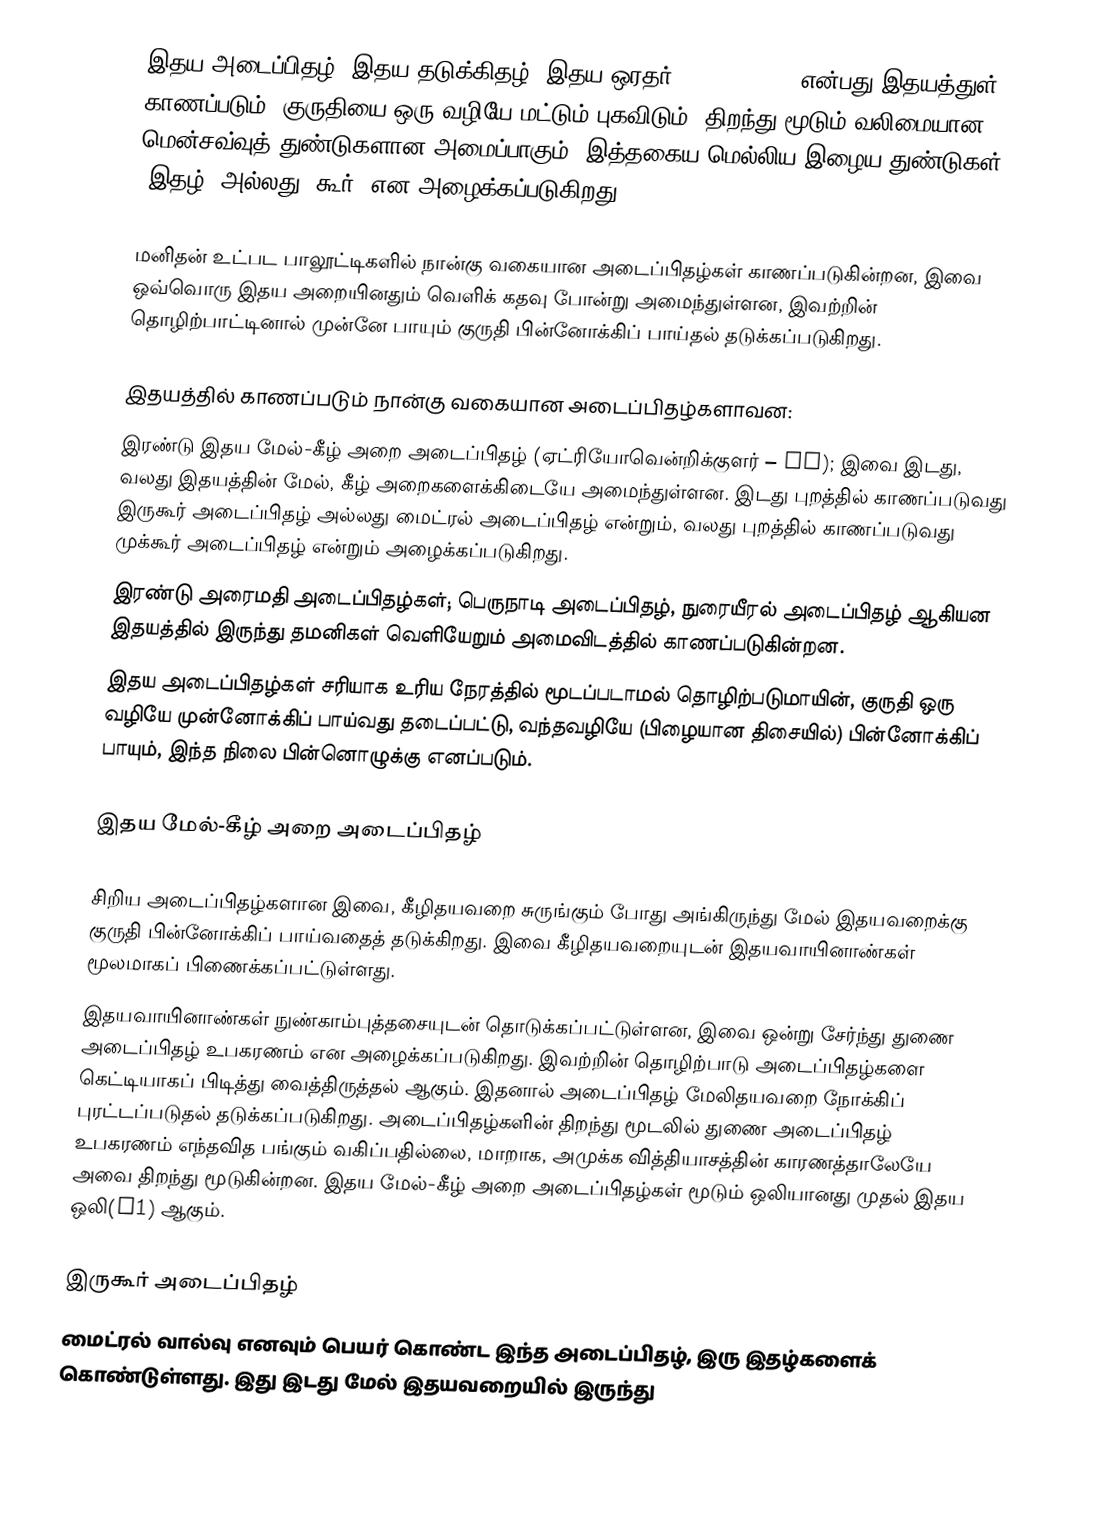
இதய அடைப்பிதழ் (இதய தடுக்கிதழ், இதய ஒரதர், heart valve) என்பது இதயத்துள் காணப்படும், குருதியை ஒரு வழியே மட்டும் புகவிடும், திறந்து மூடும் வலிமையான மென்சவ்வுத் துண்டுகளான அமைப்பாகும், இத்தகைய மெல்லிய இழைய துண்டுகள் ‘இதழ்’ அல்லது ‘கூர்’ என அழைக்கப்படுகிறது.

மனிதன் உட்பட பாலூட்டிகளில் நான்கு வகையான அடைப்பிதழ்கள் காணப்படுகின்றன, இவை ஒவ்வொரு இதய அறையினதும் வெளிக் கதவு போன்று அமைந்துள்ளன, இவற்றின் தொழிற்பாட்டினால் முன்னே பாயும் குருதி பின்னோக்கிப் பாய்தல் தடுக்கப்படுகிறது.

இதயத்தில் காணப்படும் நான்கு வகையான அடைப்பிதழ்களாவன:
 இரண்டு இதய மேல்-கீழ் அறை அடைப்பிதழ் (ஏட்ரியோவென்றிக்குளர் – AV); இவை இடது, வலது இதயத்தின் மேல், கீழ் அறைகளைக்கிடையே அமைந்துள்ளன. இடது புறத்தில் காணப்படுவது இருகூர் அடைப்பிதழ் அல்லது மைட்ரல் அடைப்பிதழ் என்றும், வலது புறத்தில் காணப்படுவது முக்கூர் அடைப்பிதழ் என்றும் அழைக்கப்படுகிறது.
 இரண்டு அரைமதி அடைப்பிதழ்கள்; பெருநாடி அடைப்பிதழ், நுரையீரல் அடைப்பிதழ் ஆகியன இதயத்தில் இருந்து தமனிகள் வெளியேறும் அமைவிடத்தில் காணப்படுகின்றன.
இதய அடைப்பிதழ்கள் சரியாக உரிய நேரத்தில் மூடப்படாமல் தொழிற்படுமாயின், குருதி ஒரு வழியே முன்னோக்கிப் பாய்வது தடைப்பட்டு, வந்தவழியே (பிழையான திசையில்) பின்னோக்கிப் பாயும், இந்த நிலை பின்னொழுக்கு எனப்படும்.

இதய மேல்-கீழ் அறை அடைப்பிதழ்

சிறிய அடைப்பிதழ்களான இவை, கீழிதயவறை சுருங்கும் போது அங்கிருந்து மேல் இதயவறைக்கு குருதி பின்னோக்கிப் பாய்வதைத் தடுக்கிறது. இவை கீழிதயவறையுடன் இதயவாயினாண்கள் மூலமாகப் பிணைக்கப்பட்டுள்ளது.
இதயவாயினாண்கள் நுண்காம்புத்தசையுடன் தொடுக்கப்பட்டுள்ளன, இவை ஒன்று சேர்ந்து துணை அடைப்பிதழ் உபகரணம் என அழைக்கப்படுகிறது. இவற்றின் தொழிற்பாடு அடைப்பிதழ்களை கெட்டியாகப் பிடித்து வைத்திருத்தல் ஆகும். இதனால் அடைப்பிதழ் மேலிதயவறை நோக்கிப் புரட்டப்படுதல் தடுக்கப்படுகிறது. அடைப்பிதழ்களின் திறந்து மூடலில் துணை அடைப்பிதழ் உபகரணம் எந்தவித பங்கும் வகிப்பதில்லை, மாறாக, அமுக்க வித்தியாசத்தின் காரணத்தாலேயே அவை திறந்து மூடுகின்றன. இதய மேல்-கீழ் அறை அடைப்பிதழ்கள் மூடும் ஒலியானது முதல் இதய ஒலி(S1) ஆகும்.

இருகூர் அடைப்பிதழ்
மைட்ரல் வால்வு எனவும் பெயர் கொண்ட இந்த அடைப்பிதழ், இரு இதழ்களைக் கொண்டுள்ளது. இது இடது மேல் இதயவறையில் இருந்து